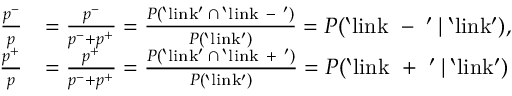
\begin{array} { r l } { \frac { p ^ { - } } { p } } & { = \frac { p ^ { - } } { p ^ { - } + p ^ { + } } = \frac { P ( \mathrm { ` l i n k ' } \: \cap \: \mathrm { ` l i n k ~ - ~ ' } ) } { P ( \mathrm { ` l i n k ' } ) } = P ( \mathrm { ` l i n k ~ - ~ ' } \: | \: \mathrm { ` l i n k ' } ) , } \\ { \frac { p ^ { + } } { p } } & { = \frac { p ^ { + } } { p ^ { - } + p ^ { + } } = \frac { P ( \mathrm { ` l i n k ' } \: \cap \: \mathrm { ` l i n k ~ + ~ ' } ) } { P ( \mathrm { ` l i n k ' } ) } = P ( \mathrm { ` l i n k ~ + ~ ' } \: | \: \mathrm { ` l i n k ' } ) } \end{array}